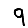
Digit: 9